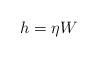
LaTeX: \begin{align*} h=\eta W \end{align*}